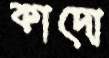
কাদো